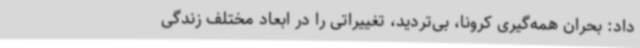
داد: بحران همه‌گیری کرونا، بی‌تردید، تغییراتی را در ابعاد مختلف زندگی